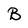
Character: B